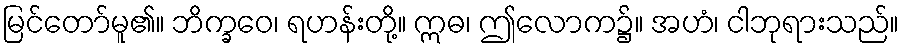
မြင်တော်မူ၏။ ဘိက္ခဝေ၊ ရဟန်းတို့။ ဣဓ၊ ဤလောက၌။ အဟံ၊ ငါဘုရားသည်။